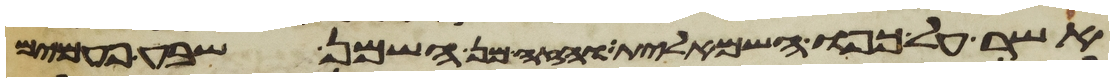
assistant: אשר על כפו השמאלית והזה מן השמן שבע פעמים